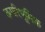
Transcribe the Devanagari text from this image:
ऊपरिभूमिक